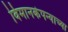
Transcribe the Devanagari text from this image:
विमानकंपन्याच्या